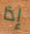
إذا